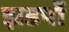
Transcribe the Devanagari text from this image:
झडपों